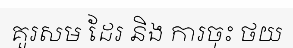
គួរសម ដែរ និង ការចុះ ថយ